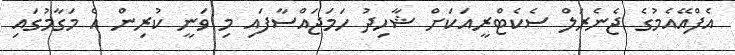
އެފްއޭއެމުގެ ޖެނެރަލް ސެކެޓްރީއަކަށް ޝާހިދު ހަމަޖައްސާފައި މި ވަނީ ކުރިން އެ މަގާމުގައި